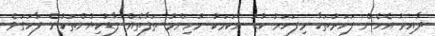
ދާއިރު އެހެން ފަހަރުތަކާ މިފަހަރު ކުޑަ އެކަމަކު މުހިންމު ތަފާތެއް ފާޑުކިޔުންތަކުން ފާހަގަވެ